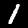
Digit: 1